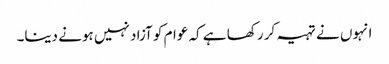
انہوں نے تہیہ کر رکھا ہے کہ عوام کو آزاد نہیں ہونے دینا۔